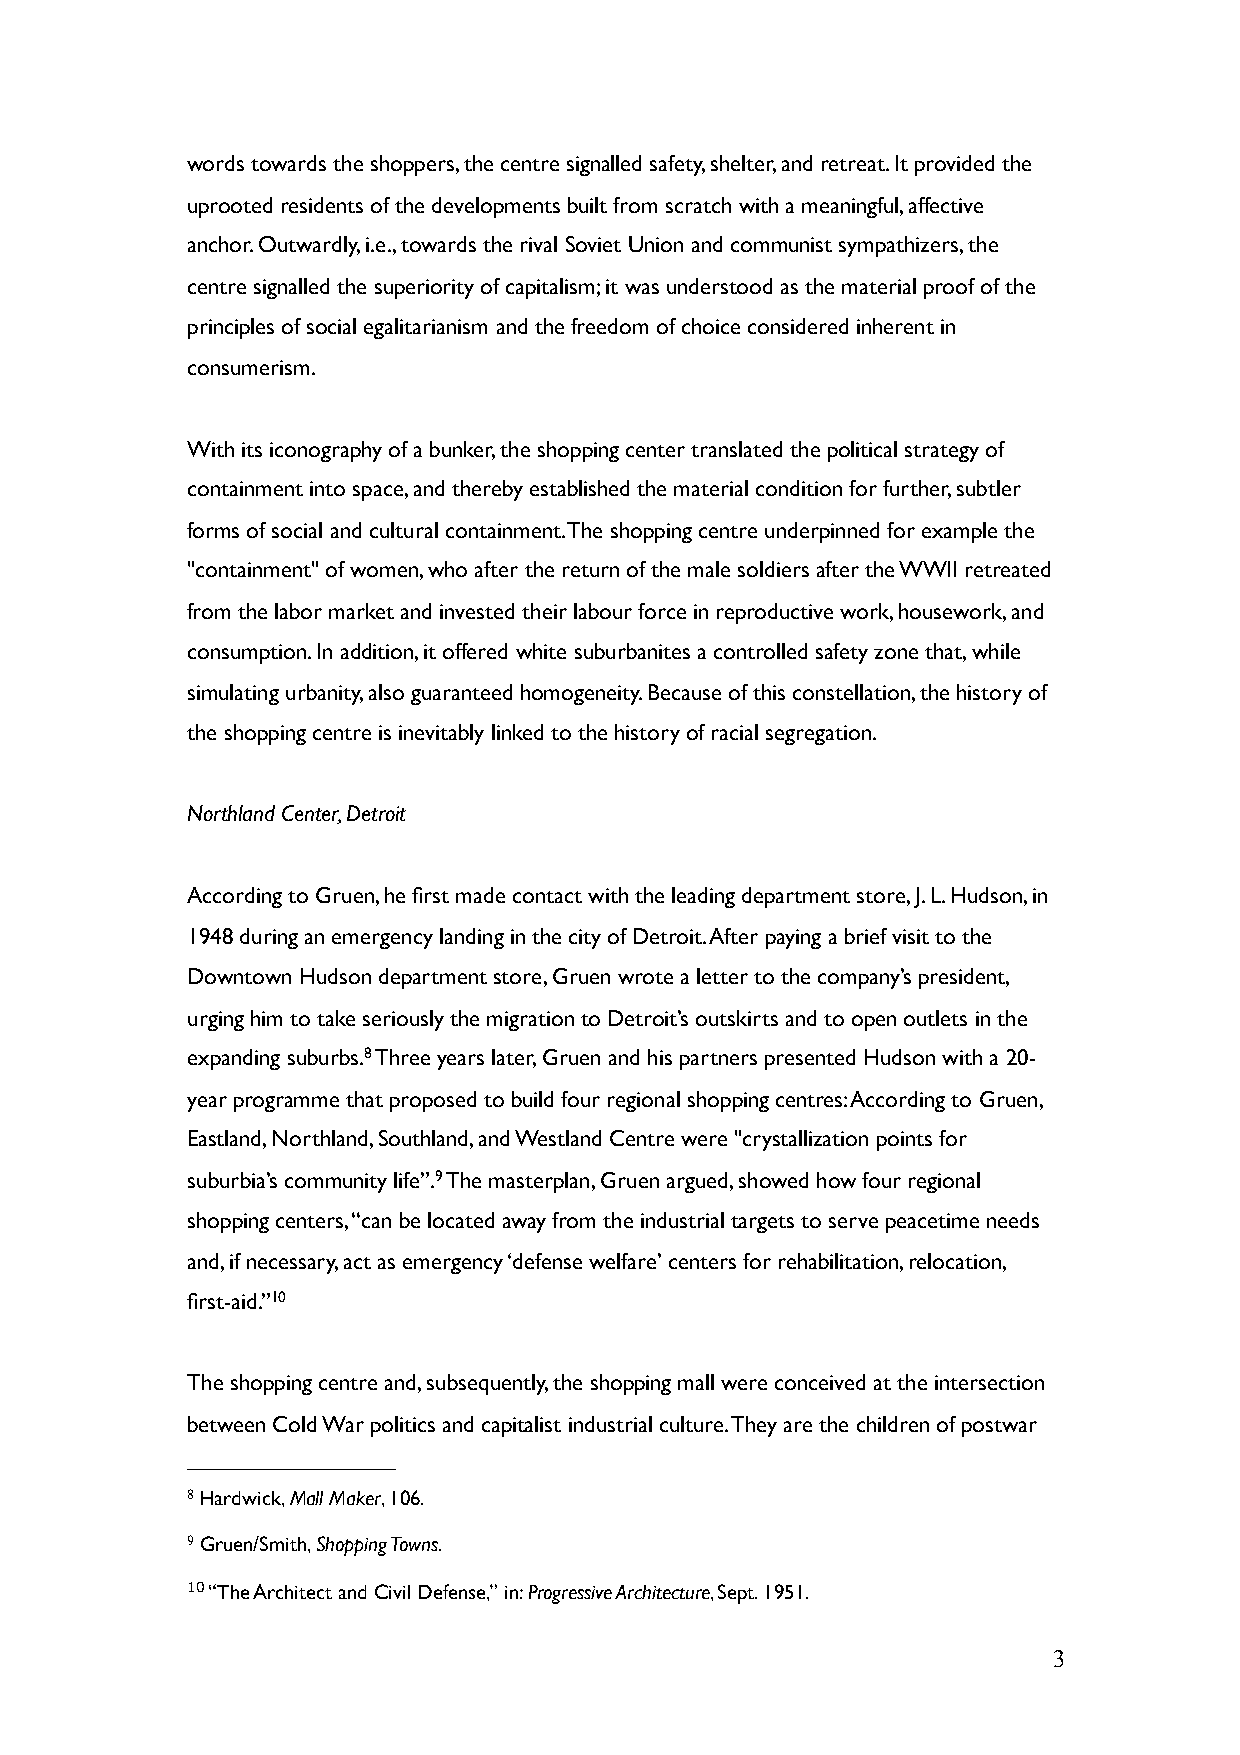
words towards the shoppers, the centre signalled safety, shelter, and retreat. It provided the
 uprooted residents of the developments built from scratch with a meaningful, affective
 anchor. Outwardly, i.e., towards the rival Soviet Union and communist sympathizers, the
 centre signalled the superiority of capitalism; it was understood as the material proof of the
 principles of social egalitarianism and the freedom of choice considered inherent in
 consumerism.
 With its iconography of a bunker, the shopping center translated the political strategy of
 containment into space, and thereby established the material condition for further, subtler
 forms of social and cultural containment. The shopping centre underpinned for example the
 "containment" of women, who after the return of the male soldiers after the WWII retreated
 from the labor market and invested their labour force in reproductive work, housework, and
 consumption. In addition, it offered white suburbanites a controlled safety zone that, while
 simulating urbanity, also guaranteed homogeneity. Because of this constellation, the history of
 the shopping centre is inevitably linked to the history of racial segregation.
 Northland Center, Detroit
 According to Gruen, he first made contact with the leading department store, J. L. Hudson, in
 1948 during an emergency landing in the city of Detroit. After paying a brief visit to the
 Downtown Hudson department store, Gruen wrote a letter to the company’s president,
 urging him to take seriously the migration to Detroit’s outskirts and to open outlets in the
 expanding suburbs.8 Three years later, Gruen and his partners presented Hudson with a 20-
 year programme that proposed to build four regional shopping centres: According to Gruen,
 Eastland, Northland, Southland, and Westland Centre were "crystallization points for
 suburbia’s community life”.9 The masterplan, Gruen argued, showed how four regional
 shopping centers, “can be located away from the industrial targets to serve peacetime needs
 and, if necessary, act as emergency ‘defense welfare’ centers for rehabilitation, relocation,
 first-aid.”10
 The shopping centre and, subsequently, the shopping mall were conceived at the intersection
 between Cold War politics and capitalist industrial culture. They are the children of postwar
 8 Hardwick, Mall Maker, 106.
 9 Gruen/Smith, Shopping Towns.
 10 “The Architect and Civil Defense,” in: Progressive Architecture, Sept. 1951.
 3